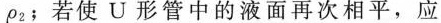
ρ_{2}﹔若使U形管中的液面再次相平，应